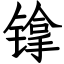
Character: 镎